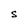
Character: S